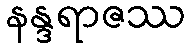
နန္ဒရာဇဿ